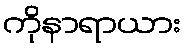
ကိုနာရာယား